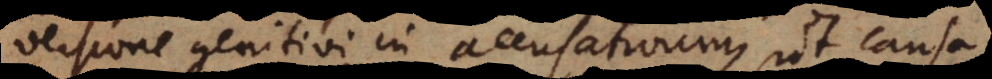
versione genitivi in accusativum, ut causa